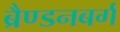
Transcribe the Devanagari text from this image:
ब्रैण्डनबर्ग